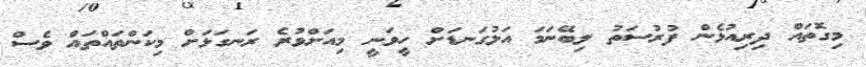
މިގޮތައް ދިރިއުޅެން ފުރުސަތު ލިބޭނަމަ އަޅުގަނޑަށް ހީވަނީ މިއަށްވުރެ ރަނގަޅަށް މިކަންތައްތައް ވެސް